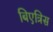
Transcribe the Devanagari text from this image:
बिएत्रिस